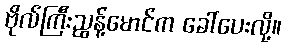
ဗိုလ်ကြီးညွန့်မောင်က ခေါ်ပေးလို့။